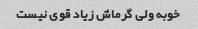
خوبه ولی گرماش زیاد قوی نیست